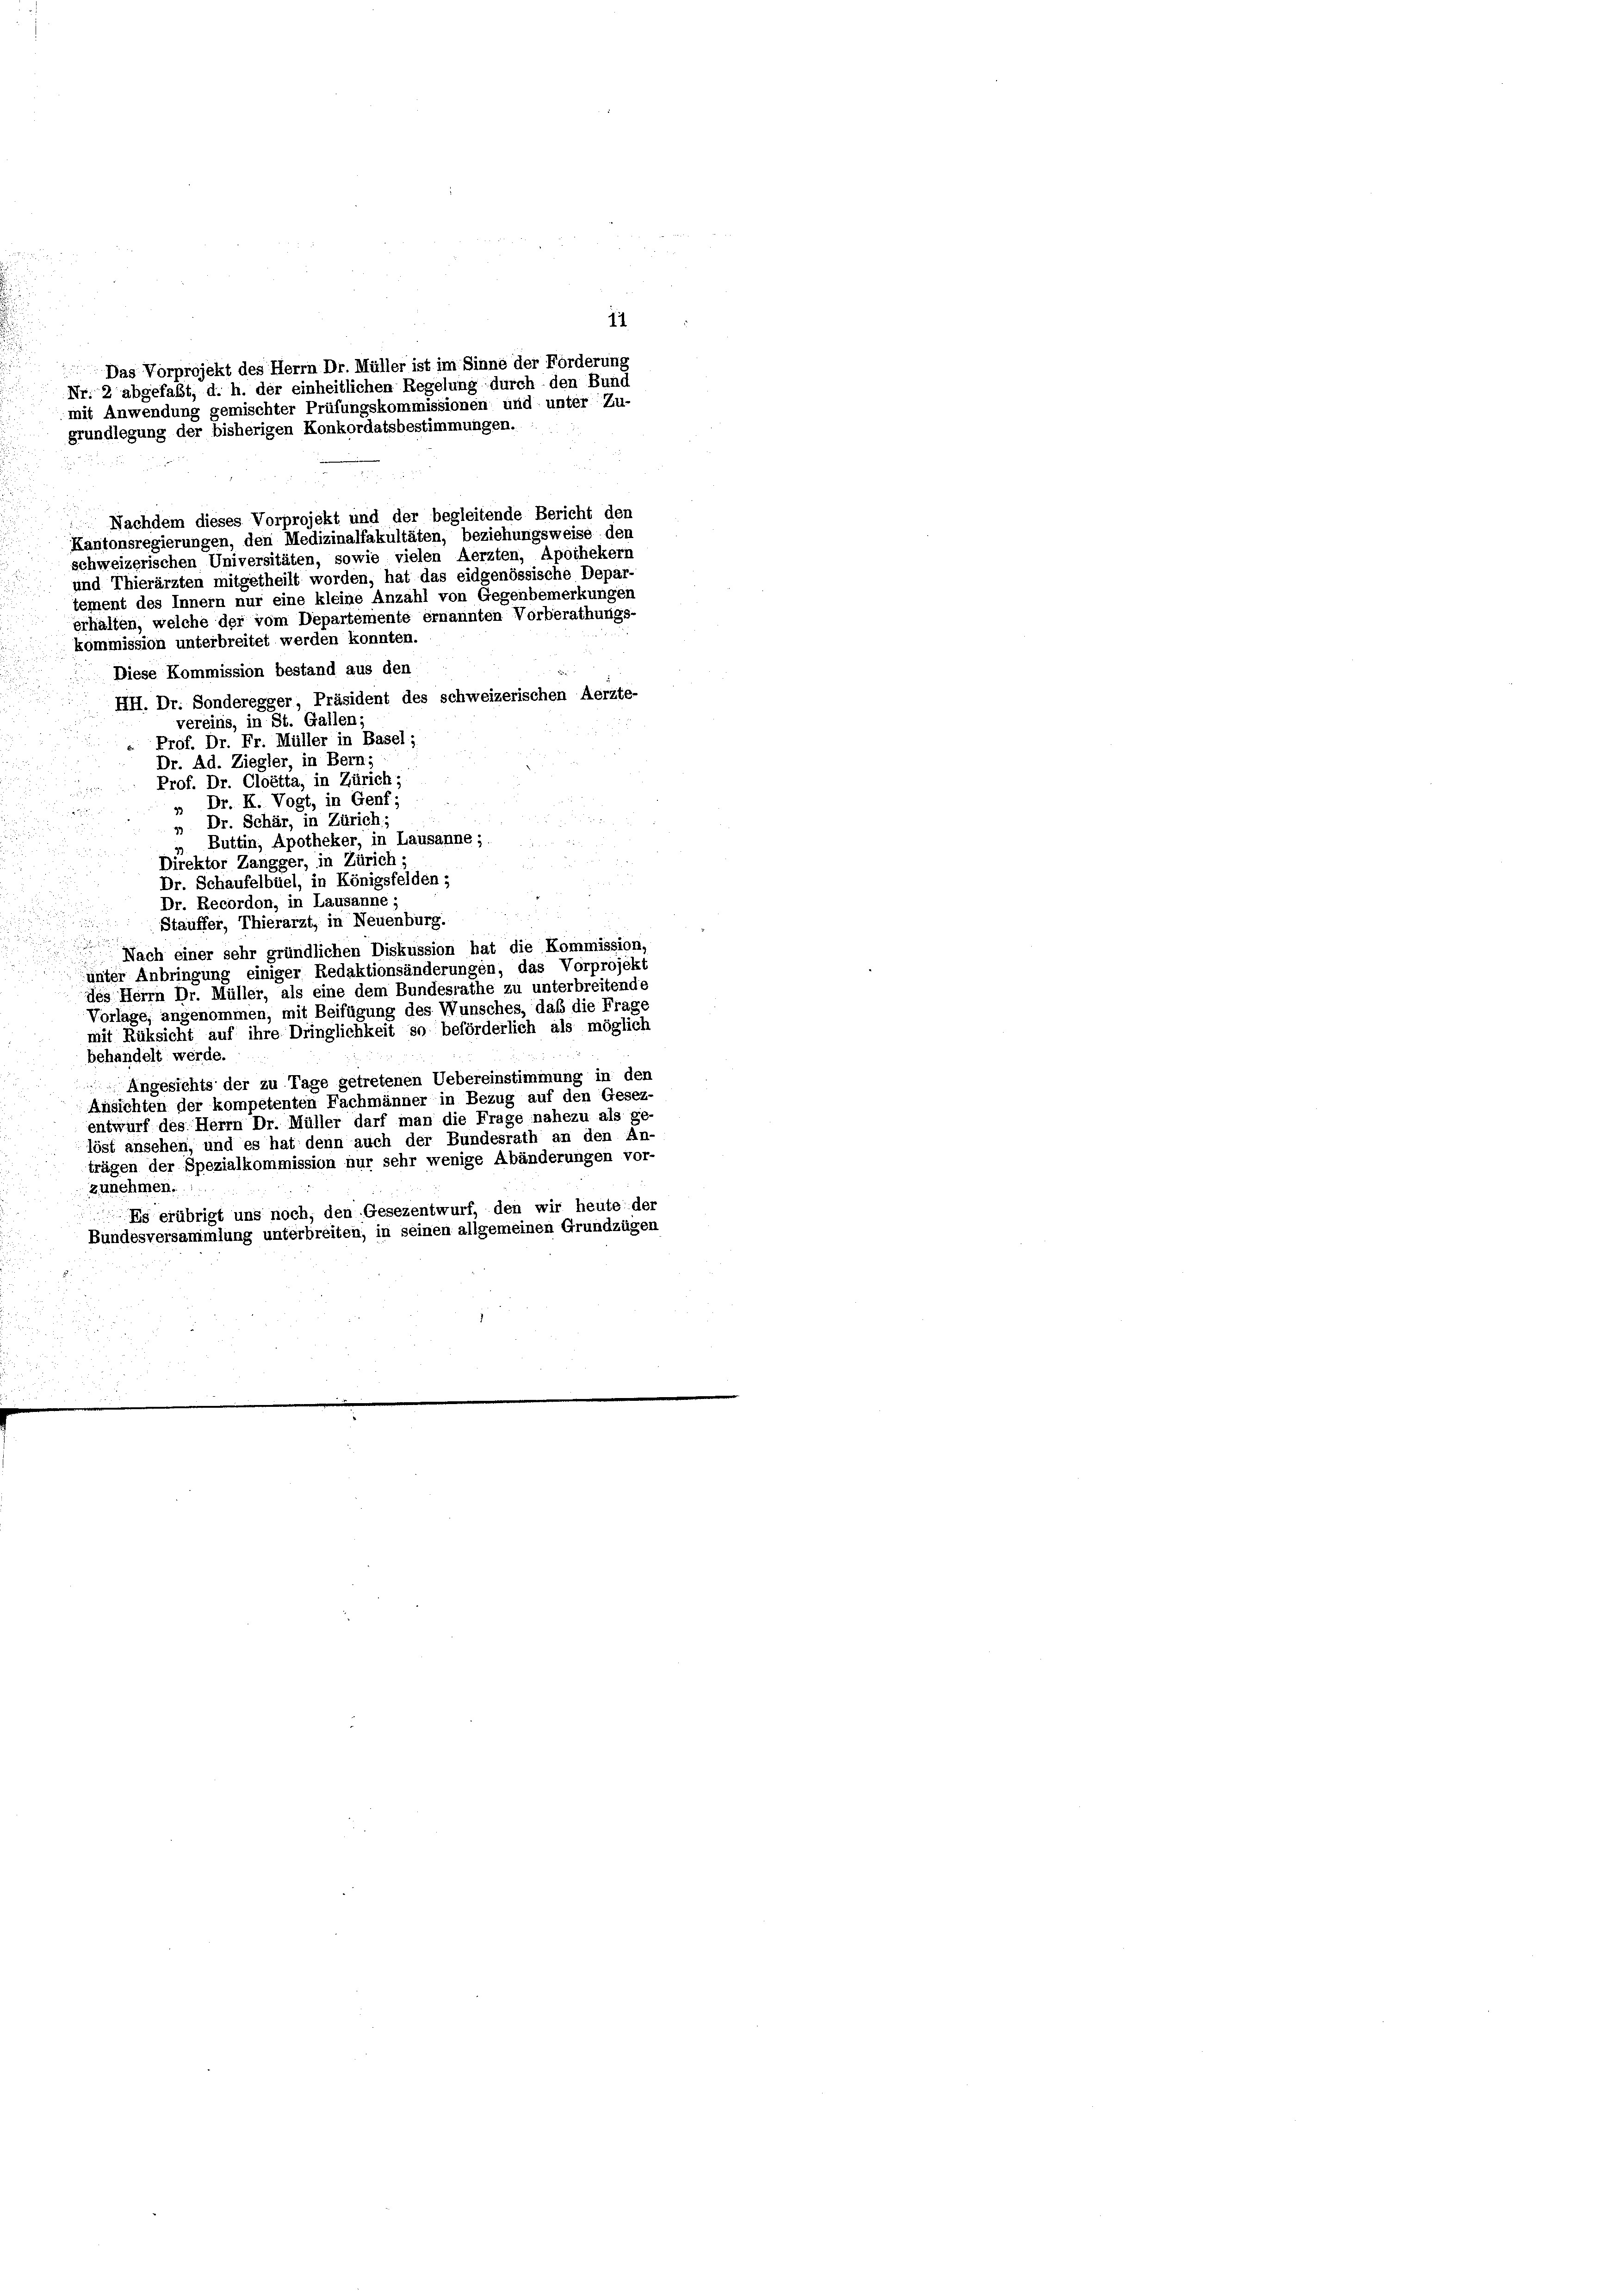
11
Das Vorprojekt des Herrn Dr. Müller ist im Sinne der Forderung
Nr. 2 abgefaßt, d. h. der einheitlichen Regelung durch den Bund
mit Anwendung gemischter Prüfungskommissionen und unter Zu-
grundlegung der bisherigen Konkordatsbestimmungen.
Nachdem dieses Vorprojekt und der begleitende Bericht den
Kantonsregierungen, den Medizinalfakultäten, beziehungsweise den
schweizerischen Universitäten, sowie vielen Aerzten, Apothekern
und Thierärzten mitgetheilt worden, hat das eidgenössische Depar-
tement des Innern nur eine kleine Anzahl von Gegenbemerkungen
erhalten, welche der vom Departemente ernannten Vorberathungs-
kommission unterbreitet werden konnten.

Diese Kommission bestand aus den
HH. Dr. Sonderegger, Präsident des schweizerischen Aerzte-
vereins, in St. Gallen
Prof. Dr. Fr. Müller in Basel;
Dr. Ad. Ziegler, in Bern
Prof. Dr. Cloetta, in Zürich;
» Dr. H. Vogt, in Genf;
» Dr. Schär, in Zürich,
u
Buttin, Apotheker, in Lausanne; ....
Direktor Zangger, in Zürich
u
Dr. Schaufelbüel, in Königsfelden ;
Dr. Recordon, in Lausanne;
Stauffer, Thierarzt, in Neuenburg.
Nach einer sehr gründlichen Diskussion hat die Kommission.

unter Anbringung einiger Redaktionsänderungen, das Vorprojekt
des Herrn Dr. Müller, als eine dem Bundesrathe zu unterbreitende
Vorlage, angenommen, mit Beifügung des Wunsches, daß die Frage
mit Rüksicht auf ihre Dringlichkeit so beförderlich als möglich
behandelt werde.
Angesichts der zu Tage getretenen Uebereinstimmung in den
Ansichten der kompetenten Fachmänner in Bezug auf den Gesez-
entwurf des Herrn Dr. Müller darf man die Frage nahezu als ge-
löst ansehen, und es hat denn auch der Bundesrath an den An-
trägen der Spezialkommission nur sehr wenige Abänderungen vor-
zunehmen.
Eg erübrigt uns noch, den Gesezentwurf, den wir heute der
Bundesversammlung unterbreiten, in seinen allgemeinen Grundzügen
d
und
2